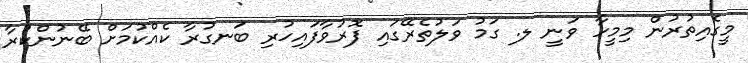
މީގެއިތުރުން މިމީހާ ވަނީ ލ. ގަމު ވަލުތެރޭގައި ފޮރުވާފައިހުރި ބަނގުރާ ކެއްކުމަށް ބޭނުންކުރާ